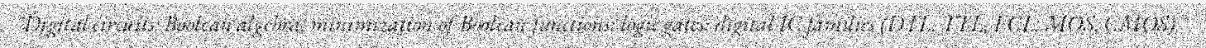
"Digital circuits: Boolean algebra, minimization of Boolean functions; logic gates; digital IC families (DTL, TTL, ECL, MOS, CMOS)."